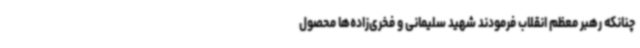
چنانکه رهبر معظم انقلاب فرمودند شهید سلیمانی و فخری‌زاده‌ها محصول